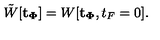
\tilde { W } [ { \bf t _ { \Phi } } ] = W [ { \bf t _ { \Phi } } , t _ { F } = 0 ] .